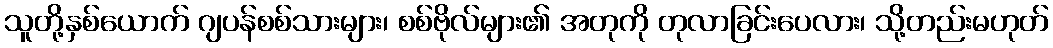
သူတို့နှစ်ယောက် ဂျပန်စစ်သားများ၊ စစ်ဗိုလ်များ၏ အတုကို တုလာခြင်းပေလား၊ သို့တည်းမဟုတ်